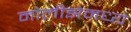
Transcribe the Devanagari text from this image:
मोलीझेमध्ये